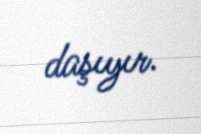
daşıyır.